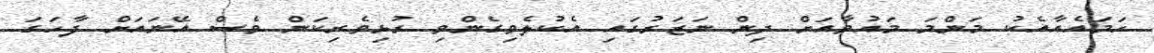
ހަމައެއާއެކު މަންމަ މައުވާއަށް ދިން ނަޒަރުގައި އެކުލެވިގެންވި ރުޅިވެރިކަން ވެސް އޭނައަށް ފާހަގަ